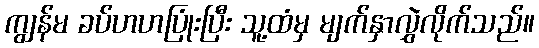
ကျွန်မ ခပ်ဟဟပြုံးပြီး သူ့ထံမှ မျက်နှာလွှဲလိုက်သည်။